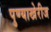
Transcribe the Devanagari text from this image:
पुण्याखेरीज